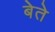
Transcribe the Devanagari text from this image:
बेते